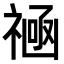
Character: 𫀛